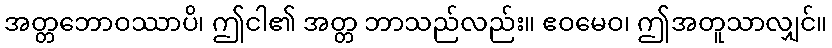
အတ္တဘောဝဿာပိ၊ ဤငါ၏ အတ္တ ဘာသည်လည်း။ ဧဝမေဝ၊ ဤအတူသာလျှင်။